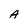
Character: A